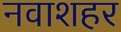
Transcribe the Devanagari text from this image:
नवाशहर